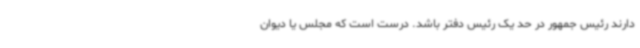
دارند رئیس جمهور در حد یک رئیس دفتر باشد. درست است که مجلس یا دیوان